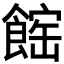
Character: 𩝒